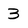
Character: 3